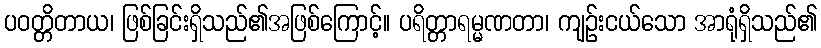
ပဝတ္တိတာယ၊ ဖြစ်ခြင်းရှိသည်၏အဖြစ်ကြောင့်။ ပရိတ္တာရမ္မဏတာ၊ ကျဉ်းငယ်သော အာရုံရှိသည်၏